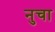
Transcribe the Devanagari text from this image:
नुचा